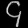
Digit: ၄